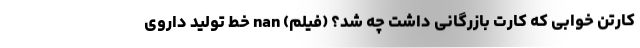
کارتن خوابی که کارت بازرگانی داشت چه شد؟ (فیلم) nan خط تولید داروی